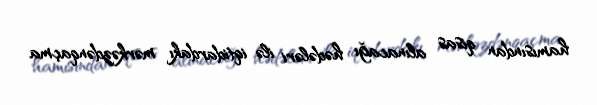
hamısından qisas alınacağı hədələri ilə iqtidardakı mərkəzdənqaçma